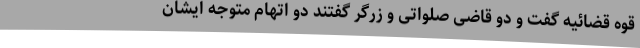
قوه قضائیه گفت و دو قاضی صلواتی و زرگر گفتند دو اتهام متوجه ایشان